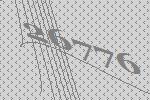
26776